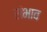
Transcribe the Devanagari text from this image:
संभाव